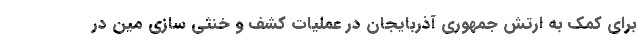
برای کمک به ارتش جمهوری آذربایجان در عملیات کشف و خنثی سازی مین در